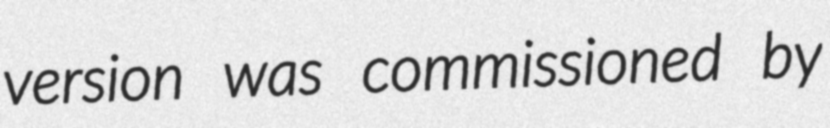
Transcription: version was commissioned by